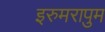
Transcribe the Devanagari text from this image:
इरुमरापुम